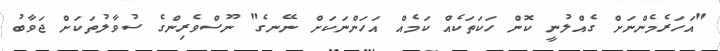
"އަހަރެމެންނަށް ގެއްލުނީ ކޮން ހަކަތަކެއް ކަމެއް އަހަންނަކަށް ނޭނގެ" ނޫސްވެރިންގެ ސުވާލުތަކަށް ޖަވާބު